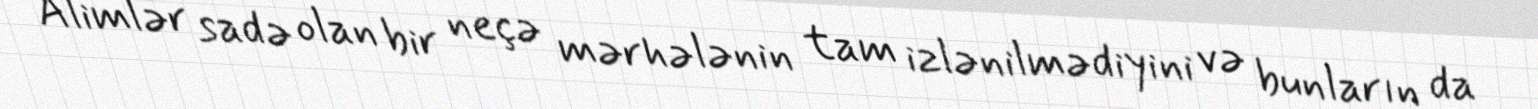
Alimlər sadə olan bir neçə mərhələnin tam izlənilmədiyini və bunların da